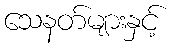
သေနတ်များနှင့်